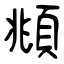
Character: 頫